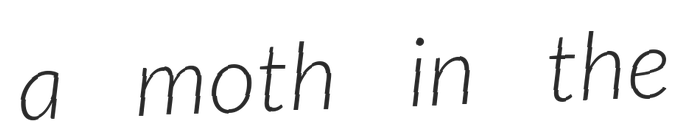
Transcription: a moth in the